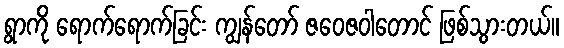
ရွာကို ရောက်ရောက်ခြင်း ကျွန်တော် ဇဝေဇဝါတောင် ဖြစ်သွားတယ်။